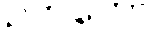
ဥဘတော